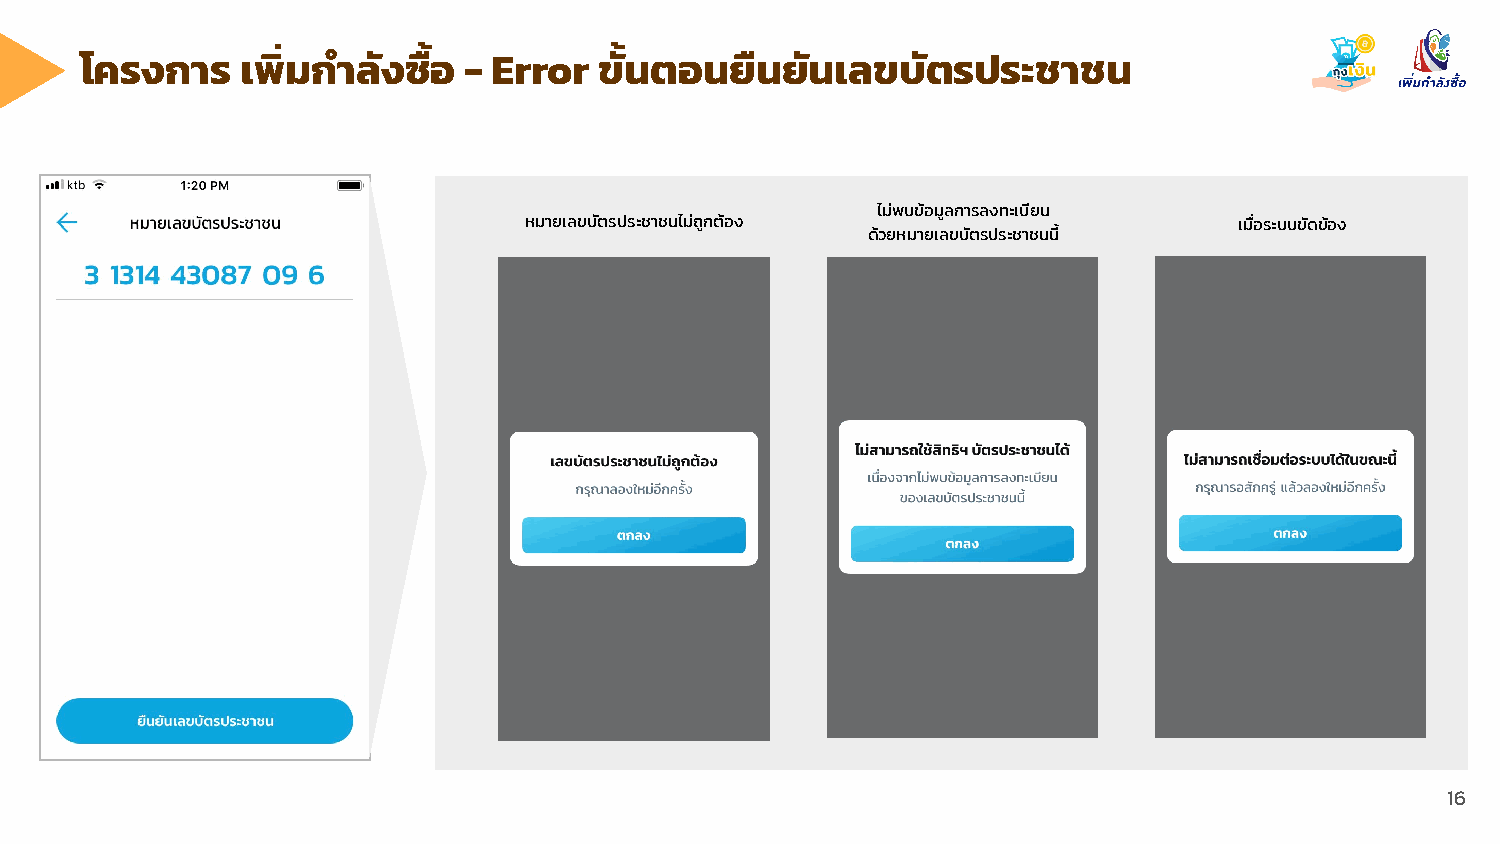
โครงการ    เพิ่มกําลังซื้อ - Error ขั้นตอนยืนยันเลขบัตรประชาชน
 ไม่พบข้อมูลการลงทะเบียน
 หมายเลขบัตรประชาชนไม่ถูกต้อง                   เมื่อระบบขัดข้อง
 ด้วยหมายเลขบัตรประชาชนนี้
 16